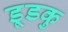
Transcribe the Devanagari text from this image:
डूडकु